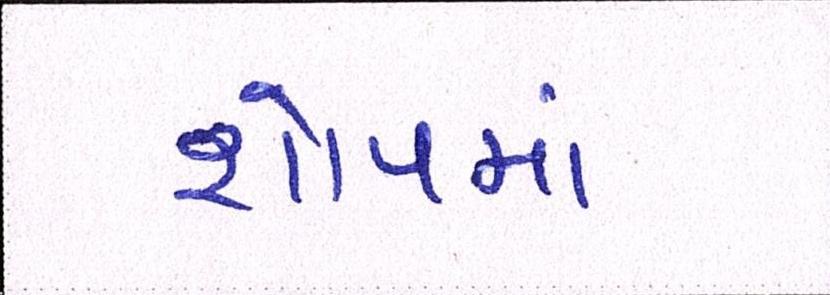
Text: શોપમાં